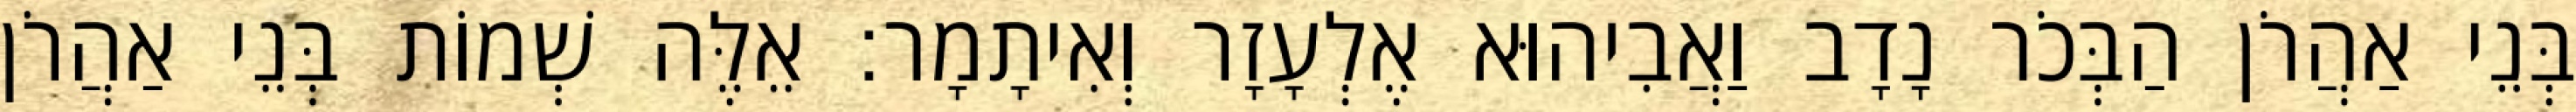
בְּנֵי אַהֲרֹן הַבְּכֹר נָדָב וַאֲבִיהוּא אֶלְעָזָר וְאִיתָמָר׃ אֵלֶּה שְׁמוֹת בְּנֵי אַהֲרֹן